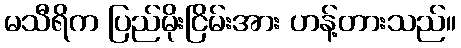
မသီရိက ပြည်မိုးငြိမ်းအား ဟန့်တားသည်။